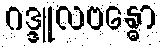
ဂဒ္ဒူလဗန္ဓော